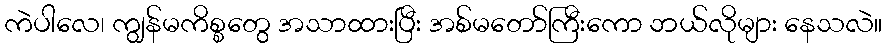
ကဲပါလေ၊ ကျွန်မကိစ္စတွေ အသာထားပြီး အစ်မတော်ကြီးကော ဘယ်လိုများ နေသလဲ။